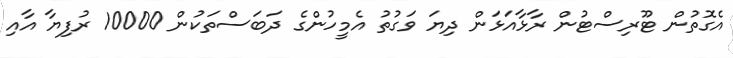
އެގޮތުން ޓޫރިސްޓުން ރާޅާއަޅަން ދިޔަ ވަގުތު އެމީހުންގެ ދަބަސްތަކުން 10000 ރުފިޔާ އާއި